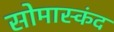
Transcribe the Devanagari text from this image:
सोमास्कंद